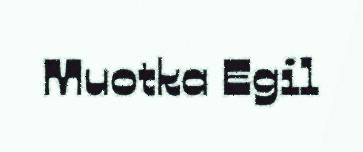
Muotka Egil